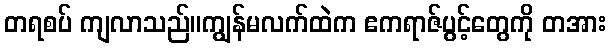
တရစပ် ကျလာသည်။ကျွန်မလက်ထဲက ဧကရာဇ်ပွင့်တွေကို တအား